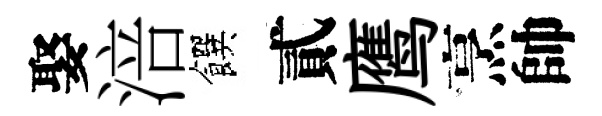
娶涪饌貳鹰烹帥